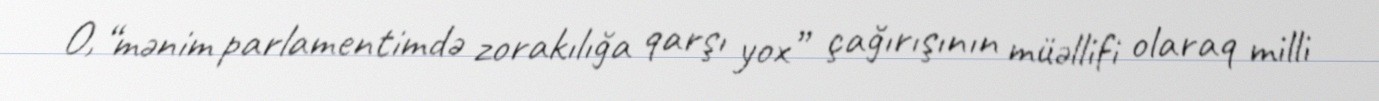
O, “mənim parlamentimdə zorakılığa qarşı yox” çağırışının müəllifi olaraq milli